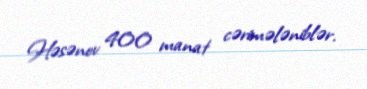
Həsənov 400 manat cərimələniblər.